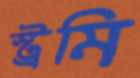
স্ট্রমি